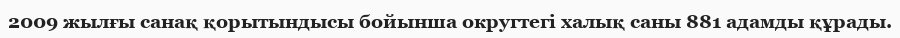
2009 жылғы санақ қорытындысы бойынша округтегі халық саны 881 адамды құрады.